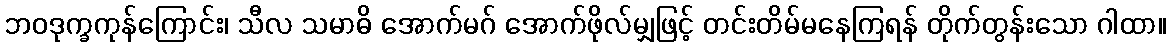
ဘဝဒုက္ခကုန်ကြောင်း၊ သီလ သမာဓိ အောက်မဂ် အောက်ဖိုလ်မျှဖြင့် တင်းတိမ်မနေကြရန် တိုက်တွန်းသော ဂါထာ။